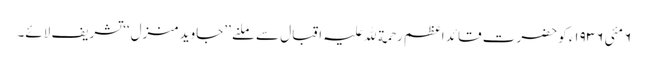
٦ مئی ١٩٣٦ء کو حضرت قائد اعظم رحمة ﷲ علیہ اقبال سے ملنے ’’جاوید منزل‘‘ تشریف لائے۔